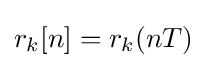
r_{k}[n]=r_{k}(nT)